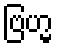
ဗြဟ္မ